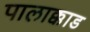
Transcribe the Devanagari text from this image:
पालाक्काड